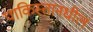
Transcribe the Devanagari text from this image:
पाकिस्तानधील